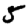
Digit: 5